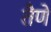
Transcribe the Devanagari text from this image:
तैणे